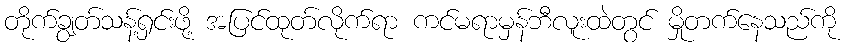
တိုက်ချွတ်သန့်ရှင်းဖို့ အပြင်ထုတ်လိုက်ရာ ကင်မရာမှန်ဘီလူးထဲတွင် မှိုတက်နေသည်ကို